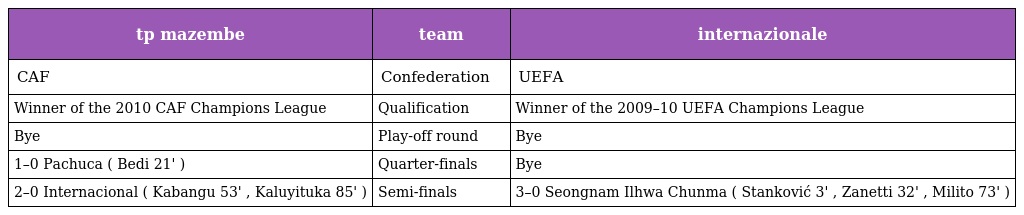
| tp mazembe | team | internazionale |
 | --- | --- | --- |
 | CAF | Confederation | UEFA |
 | Winner of the 2010 CAF Champions League | Qualification | Winner of the 2009–10 UEFA Champions League |
 | Bye | Play-off round | Bye |
 | 1–0 Pachuca ( Bedi 21' ) | Quarter-finals | Bye |
 | 2–0 Internacional ( Kabangu 53' , Kaluyituka 85' ) | Semi-finals | 3–0 Seongnam Ilhwa Chunma ( Stanković 3' , Zanetti 32' , Milito 73' ) |